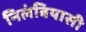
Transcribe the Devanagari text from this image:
निलंबियासी